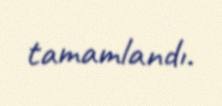
tamamlandı.